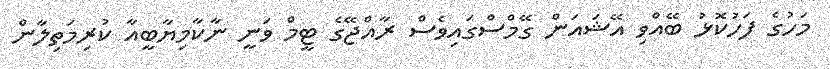
މަހުގެ ފަހުކޮޅު ބޭއްވި އޭޝައަން ގޭމްސްގައިވެސް ރާއްޖޭގެ ޓީމް ވަނީ ނާކާމިޔާބީއާ ކުރިމަތިލާން